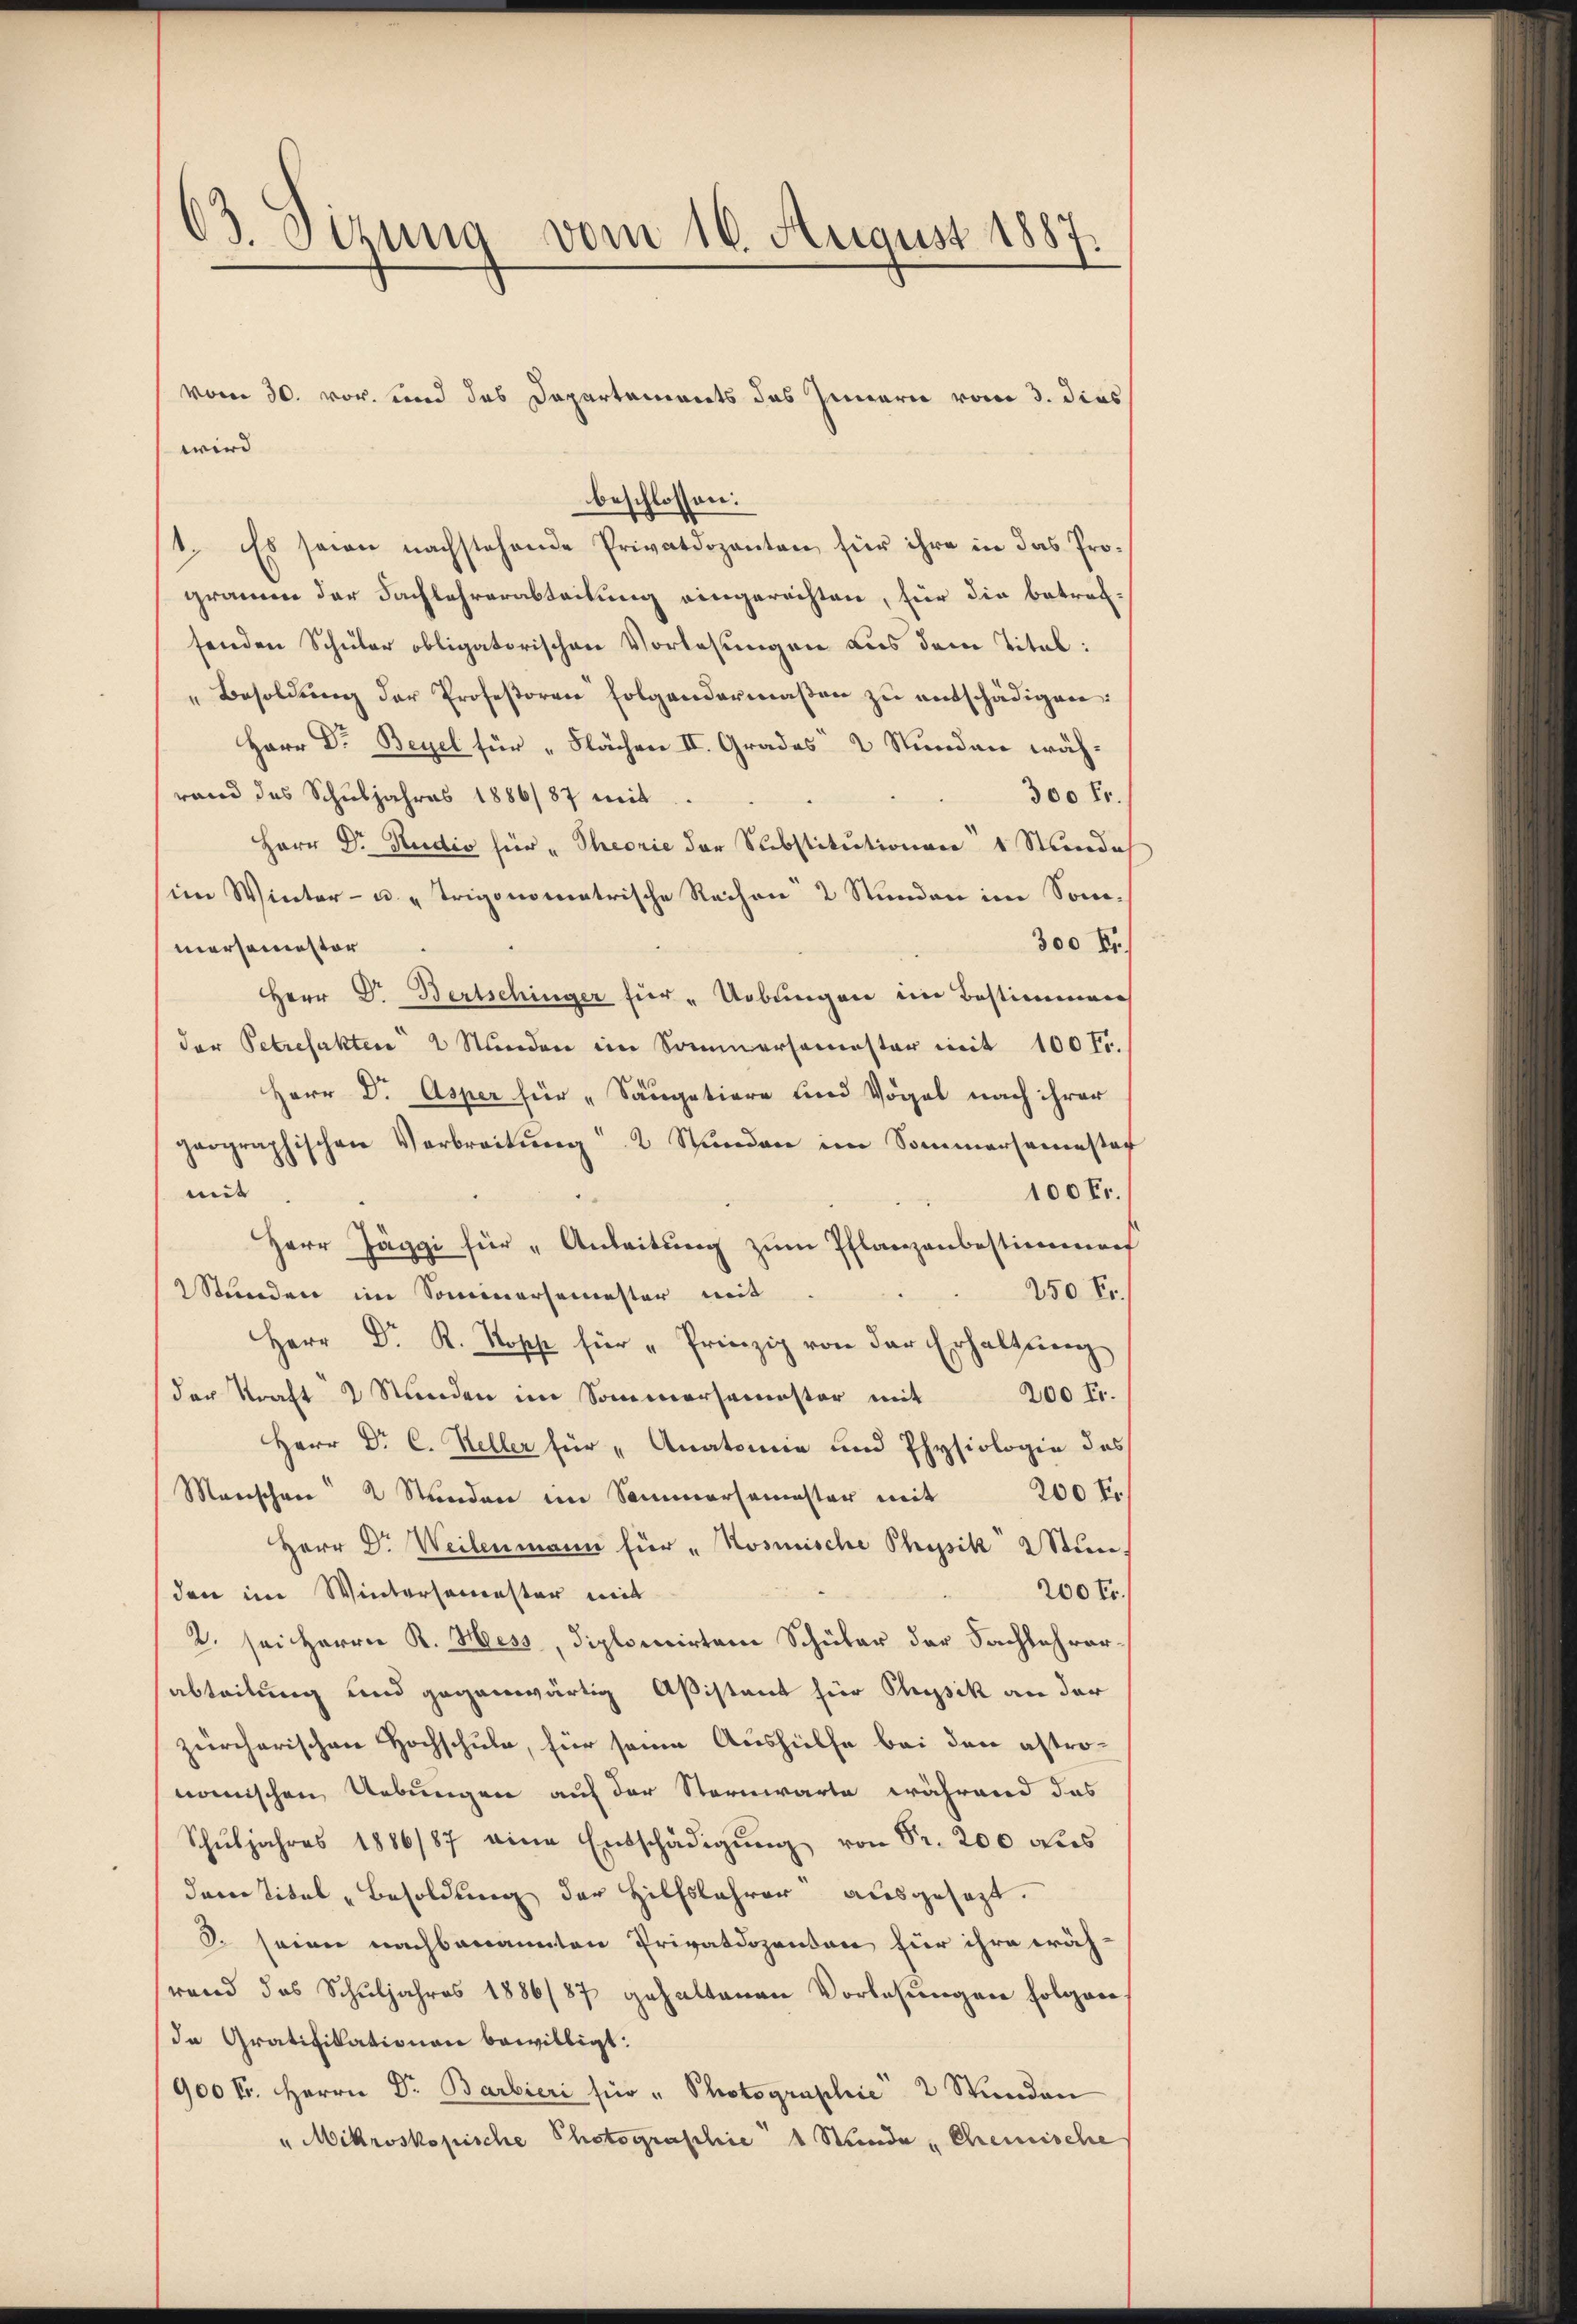
63. Sizung vom 16. August 1887.

wird
beschlossen:
1. Es seien nachstehende Privatdozenten, für ihre in das Programen der Fachlehrerabteilung eingerechten, für die betref-
senden Schüler obligatorischen Vorlesungen aus dem Titel:
Besoldŭng der Professoren folgendermaβen zŭ entschädigen:
Herr Dr. Beyel für „Flächen II. Grades 2 Stunden währand das Schuljahres 1886/87 mit
300 Fr.
Herr Dr. Rudio für "Theorie der Substitutionen 1 Stunde
im Winter- u. „Trigonometrische Reihen 2 Stunden im Som¬
300 Fr.
mersemester
Herr Dr. Bertschinger für Uebungen im Bestimmen
der Petrefakten 2 Stunden im Sommersemester mit 100 fr.
Herr Dr. Asper für „Säugatiore und Vögel nach ihrer
geographischen Verbreitŭng 2 Stŭnden im Sommersamstag
mit
100 Fr.
Herr Jäggi für Anleitung zum Pflanzenbestimmen
250 Fr.
2 Stunden im Sominersemester mit
Herr Dr. R. Kopp für "Prinzip von der Erhaltŭng
der Straft 2 Stŭnden im Sommersemester mit 200 Fr.
Herr Dr. C. Heller für „Anatomie und Physiologie des
Manschen 2 Stunden im Sammersemester mit 200 f.
Herr Dr. Weilenmann für „Nosmische Physik 2 Stun¬
200 Fr.
den im Wintersemester mit
2. sei Herrn R. Hess, Diplomirten Schüler der Fachlehrerabteilung und gegenwärtig Aßistant für Physik an der
zürcherischen Hochschule, für seine Aushülfe bei den astronomischen Uebungen auf der Sternwarte, während das
Schŭljahres 1886/87 eine Entschädigŭng von Sr. 200 als
dem Titel „Besoldung der Hilfslehrer ausgesagt.
2. seien nachbenannten Privatdozenten für ihre wäh-
rend das Schuljahres 1886/87 gehaltenen Vorlesungen folgere
de Gratifikationen bewilligt:
900 Fr. Herrn Dr. Barbieri für " Photographie 2 Stunden
" Mikroskopische Photographie 1 Stunde „Chemische

vom 30. vor. und das Departements des Innern vom 3. dies